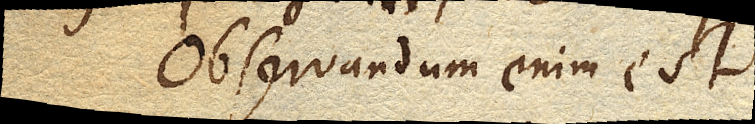
Observandum enim est